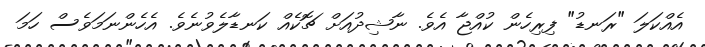
އެއްކަލަ "ރަނޑު" ފިރިހެން ކުއްޖާ އެވެ. ނާޝިދުއަށް ޗޮކެއް ކަނޑާލެވުނެވެ. އެހެންނަމަވެސް ހަމަ